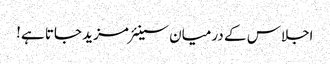
اجلاس کے درمیان سینئر مزید جاتا ہے!